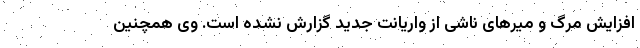
افزایش مرگ و میرهای ناشی از واریانت جدید گزارش نشده است. وی همچنین